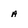
Character: a